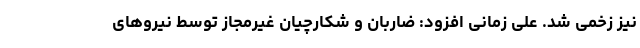
نیز زخمی شد. علی زمانی افزود: ضاربان و شکارچیان غیرمجاز توسط نیروهای